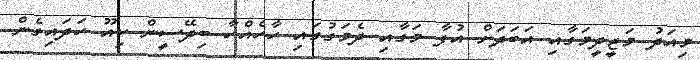
މިއަދު މަޖީދީމަގާއި އަބަދަށް އުފާ މަގާއި ދެމަގުގައި ހާހެއްހާ ބިދޭސީން ކިއޫ ހަދައިގެން